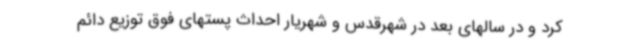
کرد و در سالهای بعد در شهرقدس و شهریار احداث پستهای فوق توزیع دائم